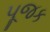
પૂજક